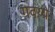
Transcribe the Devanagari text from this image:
गवय्ये